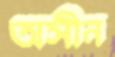
অসীন